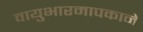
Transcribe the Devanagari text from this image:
वायुभारमापकाने